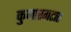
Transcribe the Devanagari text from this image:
कुमारगटात